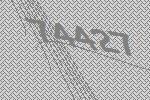
74427